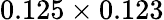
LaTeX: {0.125\times 0.123}